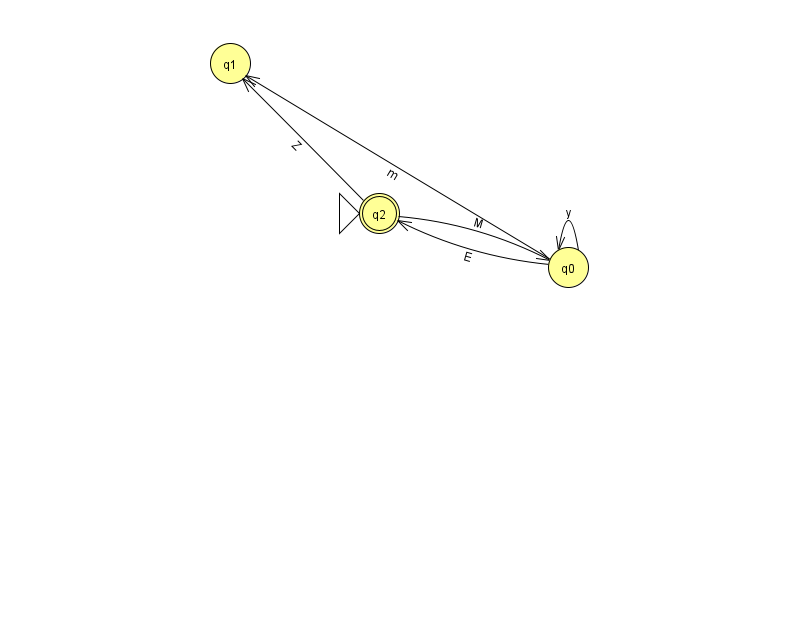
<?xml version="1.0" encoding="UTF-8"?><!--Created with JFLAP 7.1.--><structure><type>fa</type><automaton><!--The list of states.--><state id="0" name="q0"><x>568.0</x><y>254.0</y></state><state id="1" name="q1"><x>230.0</x><y>50.0</y></state><state id="2" name="q2"><x>379.0</x><y>200.0</y><initial/><final/></state><!--The list of transitions.--><transition><from>2</from><to>1</to><read>Z</read></transition><transition><from>2</from><to>0</to><read>M</read></transition><transition><from>0</from><to>0</to><read>y</read></transition><transition><from>0</from><to>2</to><read>E</read></transition><transition><from>0</from><to>1</to><read>m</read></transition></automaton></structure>